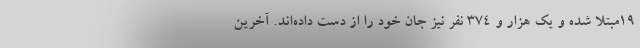
۱۹مبتلا شده و یک هزار و ۳۷۴ نفر نیز جان خود را از دست داده‌اند. آخرین